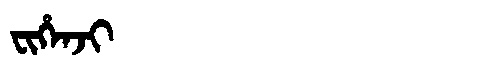
Manchu: ᠸᡳᡥᡝᠨᠵᡳ
Romanization: FIHENJI